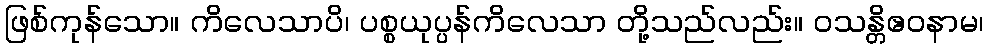
ဖြစ်ကုန်သော။ ကိလေသာပိ၊ ပစ္စယုပ္ပန်ကိလေသာ တို့သည်လည်း။ ဝသန္တိဧဝနာမ၊